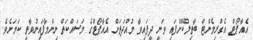
އެއާޕޯޓް އެގްރިމެންޓް ބާތިލްކޮށްފައި ވަނީ ދީފައިވާ މުއްދަތަށް އެއާޕޯޓްގެ މަސައްކަތް ނިންމާފައިނުވާތީ ކަމަށެވެ.